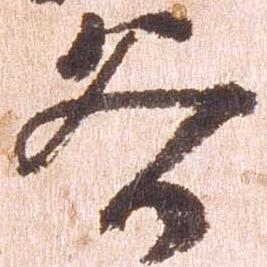
谷